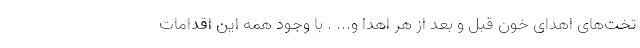
تخت‌های اهدای خون قبل و بعد از هر اهدا و... . با وجود همه این اقدامات